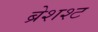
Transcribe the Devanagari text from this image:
ब्रेशश्ट